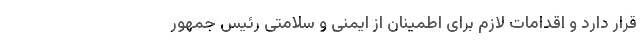
قرار دارد و اقدامات لازم برای اطمینان از ایمنی و سلامتی رئیس جمهور